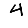
Digit: 4